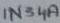
Text: 1N34A